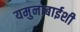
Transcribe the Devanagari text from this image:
यमुनाबाईशी